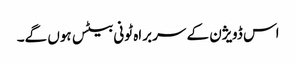
اس ڈویژن کے سربراہ ٹونی بیٹس ہوں گے۔